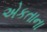
એકતાના